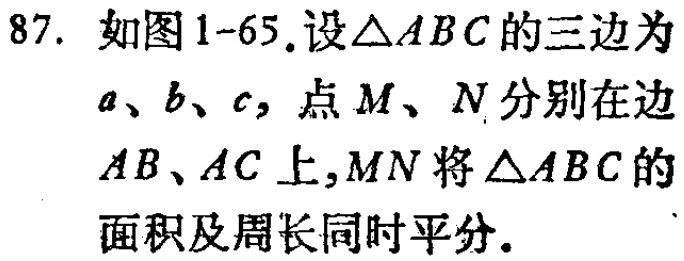
87. 如图1-65.设\(\triangle ABC\)的三边为\(a、b、c\)，点\(M、N\)分别在边\(AB、AC\)上，\(MN\)将\(\triangle ABC\)的面积及周长同时平分.